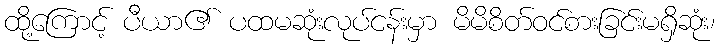
ထို့ကြောင့် ပီယာ၏ ပထမဆုံးလုပ်ငန်းမှာ မိမိစိတ်ဝင်စားခြင်းမရှိဆုံး၊